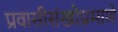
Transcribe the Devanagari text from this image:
प्रवासीसंख्येप्रमाणे